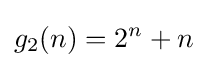
g_{2}(n)=2^{n}+n